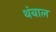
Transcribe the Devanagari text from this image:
थंबाल